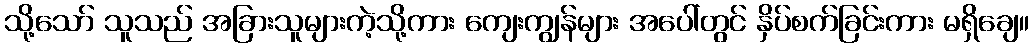
သို့သော် သူသည် အခြားသူများကဲ့သို့ကား ကျေးကျွန်များ အပေါ်တွင် နှိပ်စက်ခြင်းကား မရှိချေ။